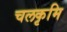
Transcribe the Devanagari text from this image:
चलकृमि